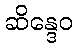
ဆိန္ဒေဝ